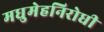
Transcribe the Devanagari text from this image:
मधुमेहनिरोधी